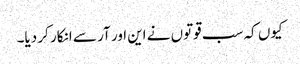
کیوں کہ سب قوتوں نے این اور آر سے انکار کر دیا۔